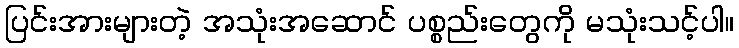
ပြင်းအားများတဲ့ အသုံးအဆောင် ပစ္စည်းတွေကို မသုံးသင့်ပါ။